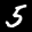
Label: 5